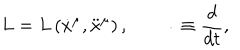
L = L \left( \dot { x } ^ { \mu } , \ddot { x } ^ { \mu } \right) , \qquad \dot { } \equiv \frac { d } { d t } ,